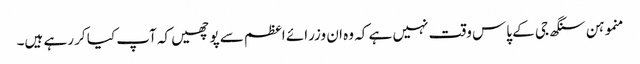
منموہن سنگھ جی کے پاس وقت نہیں ہے کہ وہ ان وزرائے اعظم سے پوچھیں کہ آپ کیا کر رہے ہیں۔